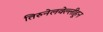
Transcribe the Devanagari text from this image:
तिरुनेलवेल्लीहून